Annual administration report of the Civil Veterinary Department, Ajmere-Merwara, British Rajputana - 1914-1940
Year: 1914
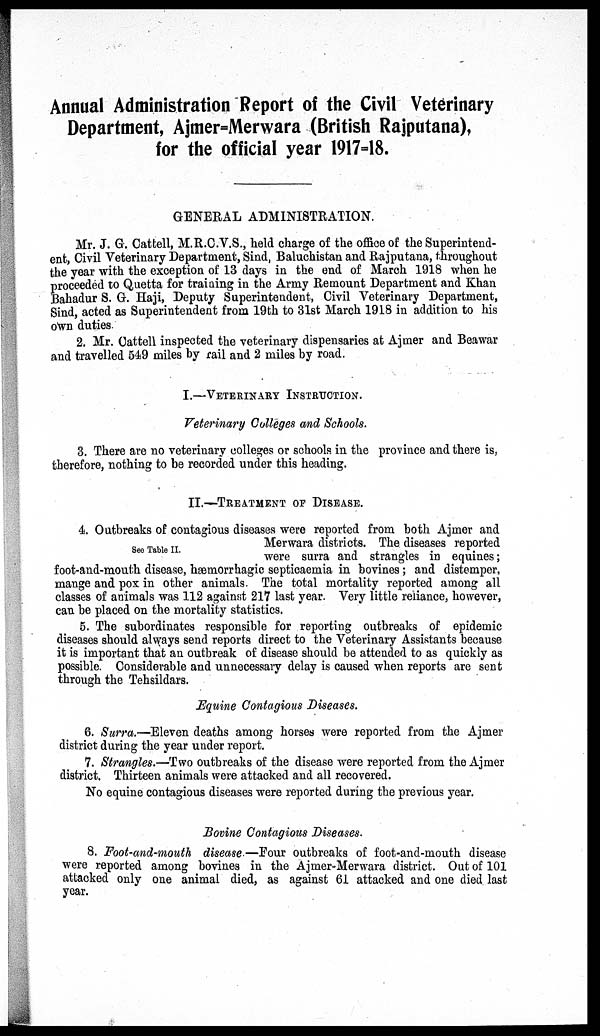
Annual Administration Report of the Civil Veterinary
Department Ajmer-Merwara (British Rajputana),
for the official year 1917-18.
GENERAL ADMINISTRATION.
Mr. J. G. Cattell, M.R.C.V.S., held charge of the office of the Superintend-
ent, Civil Veterinary Department, Sind, Baluchistan and Rajputana, throughout
the year with the exception of 13 days in the end of March 1918 when he
proceeded to Quetta for training in the Army Remount Department and Khan
Bahadur S. G. Haji, Deputy Superintendent, Civil Veterinary Department,
Sind, acted as Superintendent from 19th to 31st March 1918 in addition to his
own duties.
2. Mr. Cattell inspected the veterinary dispensaries at Ajmer and Beawar
and travelled 549 miles by rail and 2 miles by road.
I.—VETERINARY INSTRUCTION.
Veterinary Colleges and Schools.
3. There are no veterinary colleges or schools in the province and there is,
therefore, nothing to be recorded under this heading.
II.—TREATMENT OF DISEASE.
See Table II.
4. Outbreaks of contagious diseases were reported from both Ajmer and
Merwara districts. The diseases reported
were surra and strangles in equines;
foot-and-mouth disease, hæmorrhagic septicaemia in bovines; and distemper,
mange and pox in other animals. The total mortality reported among all
classes of animals was 112 against 217 last year. Very little reliance, however,
can be placed on the mortality statistics.
5. The subordinates responsible for reporting outbreaks of epidemic
diseases should always send reports direct to the Veterinary Assistants because
it is important that an outbreak of disease should be attended to as quickly as
possible. Considerable and unnecessary delay is caused when reports are sent
through the Tehsildars.
Equine Contagious Diseases.
6. Surra.—Eleven deaths among horses were reported from the Ajmer
district during the year under report.
7. Strangles.—Two outbreaks of the disease were reported from the Ajmer
district. Thirteen animals were attacked and all recovered.
No equine contagious diseases were reported during the previous year.
Bovine Contagious Diseases.
8. Foot-and-mouth disease —Four outbreaks of foot-and-mouth disease
were reported among bovines in the Ajmer-Merwara district. Out of 101
attacked only one animal died, as against 61 attacked and one died last
year.